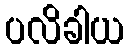
ပလိခါယ